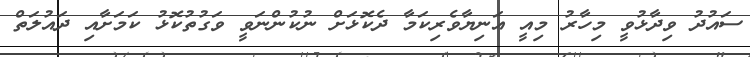
ސައުދު ވިދާޅުވީ މިހާރު މިއީ އަނިޔާވެރިކަމާ ދެކޮޅަށް ނުކުންނަވީ ވަގުތުކޮޅު ކަމަށާއި ދައުލަތް